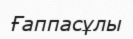
Ғаппасұлы